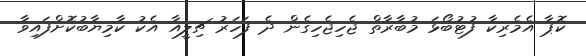
ކޮޕާ އެމެރިކާ ފުޓުބޯޅަ މުބާރާތް ޖެހިޖެހިގެން ދެ ފަހަރު ޗިލީއާ އެކު ކާމިޔާބުކޮށްފައިވާ